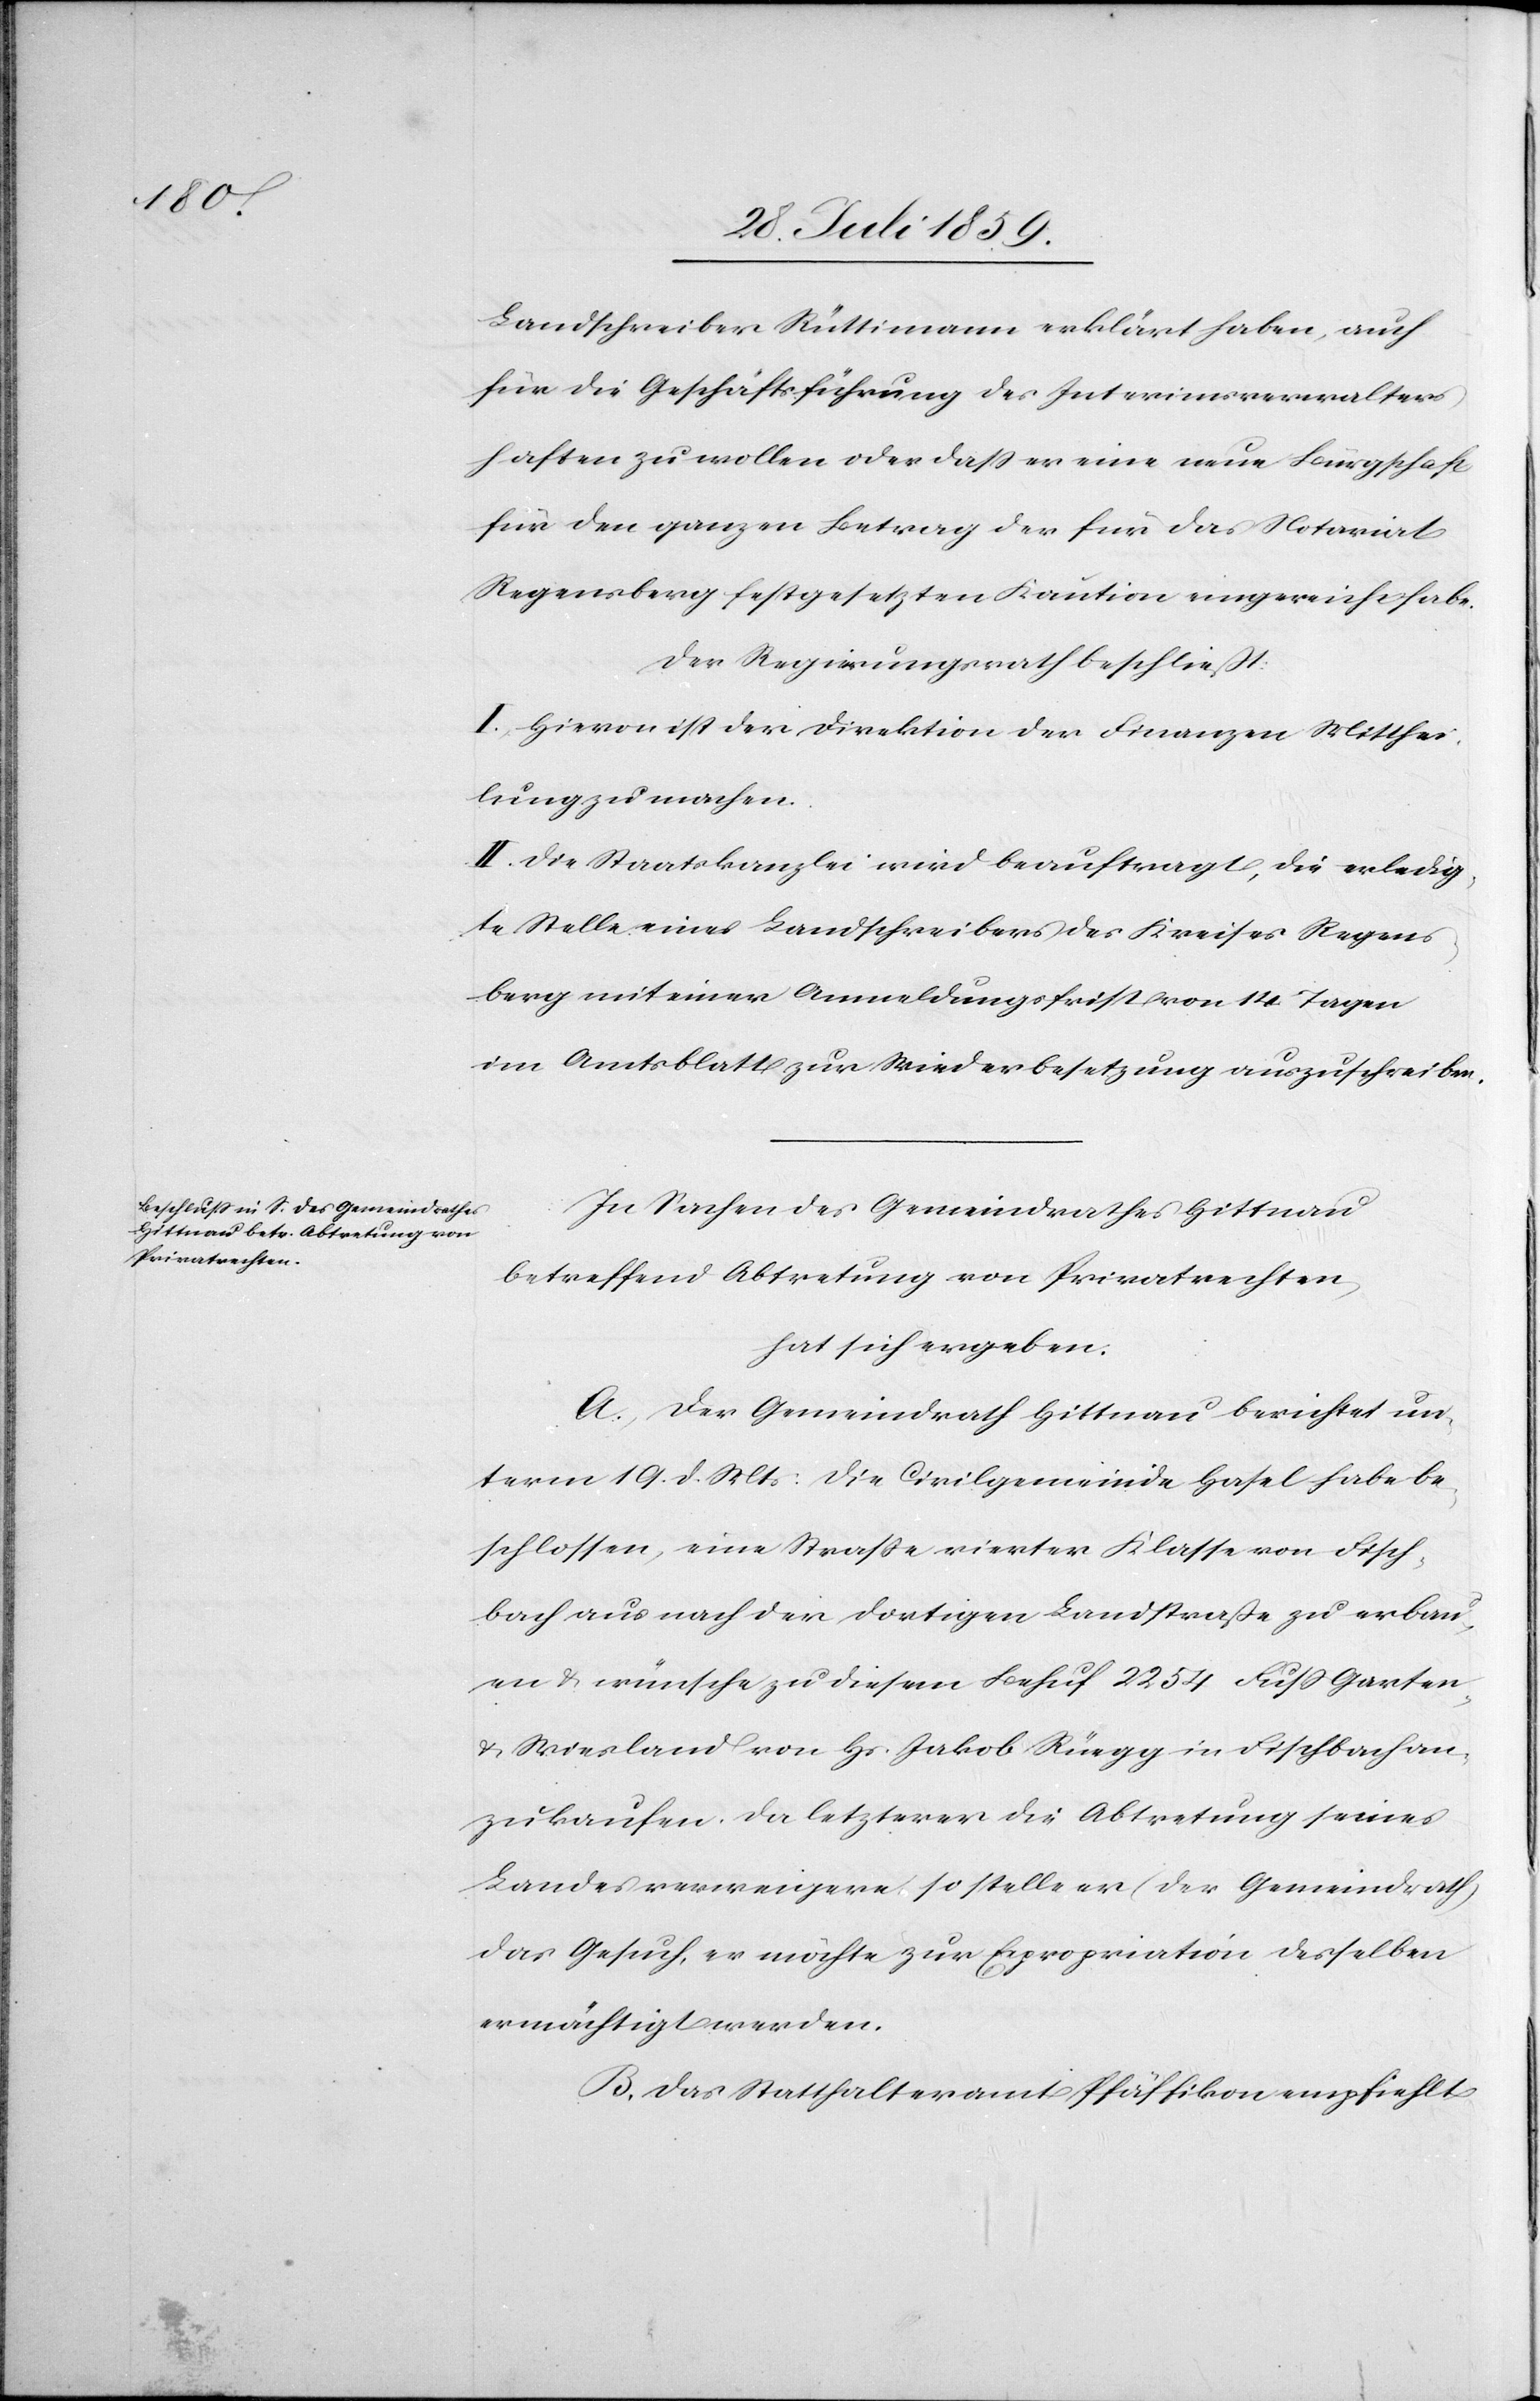
Landschreiber Rüttimann erklärt haben, auch
für die Geschäftsführung des Interimsverwalters
haften zu wollen oder daß er eine neue Bürgschaft
für den ganzen Betrag der für das Notariat
Regensberg festgesetzten Kaution eingereicht habe.
Der Regierungsrath beschließt:
I. Hievon ist der Direktion der Finanzen Mitthei¬
lung zu machen.
II. Die Staatskanzlei wird beauftragt, die erledig¬
te Stelle eines Landschreibers des Kreises Regens¬
berg mit einer Anmeldungsfrist von 14 Tagen
im Amtsblatt zur Wiederbesetzung auszuschreiben.
In Sachen des Gemeindrathes Hittnau
betreffend Abtretung von Privatrechten
hat sich ergeben.
A. Der Gemeindrath Hittnau berichtet un¬
term 19. d. Mts: Die Civilgemeinde Hasel habe be¬
schlossen, eine Straße vierter Klasse von Fisch¬
bach aus nach der dortigen Landstraße zu erbau¬
en u. wünsche zu diesem Behuf 2254 Fuß Garten
u. Wiesland von Hs. Jakob Rüegg in Fischbach an¬
zukaufen. Da letzterer die Abtretung seines
Landes verweigere so stelle er (der Gemeindrath)
das Gesuch, er möchte zur Expropriation desselben
ermächtigt werden.
B. Das Statthalteramt Pfäffikon empfiehlt